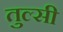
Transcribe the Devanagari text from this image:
तुल्सी